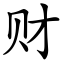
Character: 财